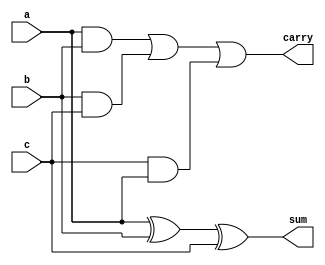
/* Assignment No.: 5
   Problem No.: 4
   Semester: 5
   Group No.: G18
   Names: Debajyoti Kar (18CS10011), Sagnik Roy (18CS10063) */

//Module for 1-bit carry save adder
module CSA(input a, input b, input c, output sum, output carry);
    wire temp1, temp2, temp3;
    xor(sum, a, b, c);                          //sum = a ^ b ^ c
    and(temp1, a, b);
    and(temp2, b, c);
    and(temp3, c, a);
    or(carry, temp1, temp2, temp3);             //carry = ab + bc + ca
endmodule


//Module for a 19-bit carry save adder (19-bit input, 20-bit output)
module carry_save_unit(input [18:0]a, input [18:0]b, input [18:0]c, output [19:0]sum, output [19:0]carry);
    genvar i;
    
    generate
        for(i = 0; i <= 18; i = i + 1)
            begin

                //Instantiate 19 1-bit carry save adders
                CSA csa(.a(a[i]), .b(b[i]), .c(c[i]), .sum(sum[i]), .carry(carry[i+1]));
            end
    endgenerate

    assign carry[0] = 1'b0;
    assign sum[19] = 1'b0;
endmodule


//Module for fulladder
module fulladder(input a, input b, input cin, output sum, output p, output g);
    xor(p, a, b);                               //p = a ^ b (Carry Propagate)
    and(g, a, b);                               //g = ab (Carry Generate)
    xor(sum, a, b, cin);                        //sum = a ^ b ^ cin
endmodule


//Module for 4-bit Carry Lookahead Unit 
module CLA4(input [3:0]p, input [3:0]g, input cin, output [4:1]carry, output PG, output GG);
    wire [10:1]temp;

    and(temp[1], p[0], cin);
    or(carry[1], g[0], temp[1]);                                //Set carry[1]

    and(temp[2], p[1], p[0], cin);
    and(temp[3], p[1], g[0]);
    or(carry[2], g[1], temp[2], temp[3]);                       //Set carry[2]

    and(temp[4], p[2], p[1], p[0], cin);
    and(temp[5], p[2], p[1], g[0]);
    and(temp[6], p[2], g[1]);
    or(carry[3], g[2], temp[4], temp[5], temp[6]);              //Set carry[3]

    and(temp[7], p[3], p[2], p[1], p[0], cin);
    and(temp[8], p[3], p[2], p[1], g[0]);
    and(temp[9], p[3], p[2], g[1]);
    and(temp[10], p[3], g[2]);
    or(carry[4], g[3], temp[7], temp[8], temp[9], temp[10]);    //Set carry[4]

    and(PG, p[0], p[1], p[2], p[3]);                            //Set the Group Propagate
    or(GG, g[3], temp[8], temp[9], temp[10]);                   //Set the Group Generate
endmodule


//Module for a 4-bit Block Carry Lookahead Unit
module BCLA4(input [3:0]a, input [3:0]b, input cin, output [3:0]sum, output cout, output PG, output GG);
    wire [4:0]temp;
    wire [3:0]p;
    wire [3:0]g;
    genvar i;

    //It has 4 fulladders and a 4-bit Carry Lookahead Unit
    generate
        for(i = 0; i <= 3; i = i + 1)
            begin
                fulladder fa(.a(a[i]), .b(b[i]), .cin(temp[i]), .sum(sum[i]), .p(p[i]), .g(g[i]));
            end
    endgenerate

    CLA4 cla4(.p(p), .g(g), .cin(cin), .carry(temp[4:1]), .PG(PG), .GG(GG));
    assign temp[0] = cin;
    assign cout = temp[4];
endmodule


//Module for a 16-bit Block Carry Lookahead Unit
module BCLA16(input [15:0]a, input [15:0]b, input cin, output [15:0]sum, output cout);
    wire [4:0]temp;
    wire [3:0]p;
    wire [3:0]g;
    genvar i;
    
    generate
        for(i = 0; i <= 3; i = i + 1)
            begin

                //4 4-bit Block Carry Lookahead Units
                BCLA4 bcla4(.a(a[(4*i)+3:4*i]), .b(b[(4*i)+3:4*i]), .cin(temp[i]), .sum(sum[(4*i)+3:4*i]), .cout(), .PG(p[i]), .GG(g[i]));
            end
    endgenerate

    //Carry Lookahead Unit
    CLA4 cla4(.p(p), .g(g), .cin(cin), .carry(temp[4:1]), .PG(), .GG());
    assign temp[0] = cin;
    assign cout = temp[4];
endmodule


//Since we are adding 9 16-bit numbers, the result is <= (2^16 - 1)*9 < 2^20 - 1
//Thus the final sum will fit in 20 bits


//Module for 20-bit Carry Lookahead Adder
module CLA_final_adder(input [19:0]a, input [19:0]b, output [19:0]sum);
    wire temp;

    //We use a 16-bit BCLA for the righmost 16 bits and a 4-bit BCLA for the leftmost 4 bits
    BCLA16 bcla16(.a(a[15:0]), .b(b[15:0]), .cin(1'b0), .sum(sum[15:0]), .cout(temp));
    BCLA4 bcla4(.a(a[19:16]), .b(b[19:16]), .cin(temp), .sum(sum[19:16]), .cout(), .PG(), .GG());
endmodule


//Module for Carry Save Adder
module carry_save_adder(input [15:0]a0, input [15:0]a1, input [15:0]a2, input [15:0]a3, input [15:0]a4, input [15:0]a5, input [15:0]a6, input [15:0]a7, input [15:0]a8, output [19:0]sum);
    wire [2:0]temp;
    assign temp = 3'b000;
    wire [18:0]temp0;
    wire [18:0]temp1;
    wire [18:0]temp2;
    wire [18:0]temp3;
    wire [18:0]temp4;
    wire [18:0]temp5;
    wire [18:0]temp6;
    wire [18:0]temp7;
    wire [18:0]temp8;

    wire [19:0]temp9;
    wire [19:0]temp10;
    wire [19:0]temp11;
    wire [19:0]temp12;
    wire [19:0]temp13;
    wire [19:0]temp14;
    wire [19:0]temp15;
    wire [19:0]temp16;
    wire [19:0]temp17;
    wire [19:0]temp18;
    wire [19:0]temp19;
    wire [19:0]temp20;
    wire [19:0]temp21;
    wire [19:0]temp22;

    assign temp0 = {temp, a0};
    assign temp1 = {temp, a1};
    assign temp2 = {temp, a2};
    assign temp3 = {temp, a3};
    assign temp4 = {temp, a4};
    assign temp5 = {temp, a5};
    assign temp6 = {temp, a6};
    assign temp7 = {temp, a7};
    assign temp8 = {temp, a8};

    //We build the carry save adder in the form of the Wallace tree, so we require 7 carry save units
    carry_save_unit csu1(.a(temp0), .b(temp1), .c(temp2), .sum(temp9), .carry(temp10));    
    carry_save_unit csu2(.a(temp3), .b(temp4), .c(temp5), .sum(temp11), .carry(temp12));
    carry_save_unit csu3(.a(temp6), .b(temp7), .c(temp8), .sum(temp13), .carry(temp14));
    carry_save_unit csu4(.a(temp9[18:0]), .b(temp10[18:0]), .c(temp11[18:0]), .sum(temp15), .carry(temp16));
    carry_save_unit csu5(.a(temp12[18:0]), .b(temp13[18:0]), .c(temp14[18:0]), .sum(temp17), .carry(temp20));
    carry_save_unit csu6(.a(temp15[18:0]), .b(temp16[18:0]), .c(temp17[18:0]), .sum(temp18), .carry(temp19));
    carry_save_unit csu7(.a(temp18[18:0]), .b(temp19[18:0]), .c(temp20[18:0]), .sum(temp21), .carry(temp22));

    //Final CLA adder for the last stage
    CLA_final_adder lca(.a(temp21), .b(temp22), .sum(sum));
endmodule